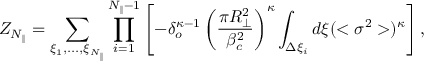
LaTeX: Z _ { N _ { \parallel } } = \sum _ { \xi _ { 1 } , . . . , \xi _ { N _ { \parallel } } } \prod _ { i = 1 } ^ { N _ { \parallel } - 1 } \left[ - \delta _ { o } ^ { \kappa - 1 } \left( \frac { \pi R _ { \perp } ^ { 2 } } { \beta _ { c } ^ { 2 } } \right) ^ { \kappa } \int _ { \Delta \xi _ { i } } d \xi ( < \sigma ^ { 2 } > ) ^ { \kappa } \right] ,